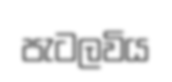
පැටලවිය